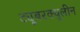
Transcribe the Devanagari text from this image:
ट्यूबरक्युलीन